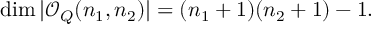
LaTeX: \dim | { \mathcal O } _ { Q } ( n _ { 1 } , n _ { 2 } ) | = ( n _ { 1 } + 1 ) ( n _ { 2 } + 1 ) - 1 .